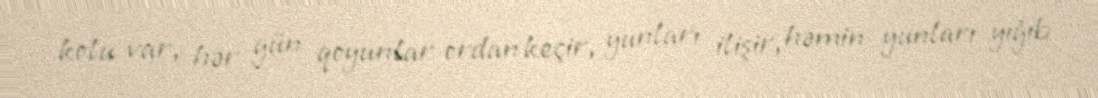
kolu var, hər gün qoyunlar ordan keçir, yunları ilişir, həmin yunları yığıb